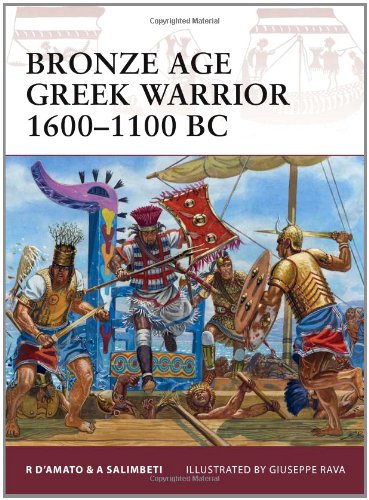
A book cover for Bronze Age Greek Warrior 1600-1100 BC; Raffaele D'Amato; History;